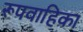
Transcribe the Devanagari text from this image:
रूपवाहिका